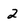
Character: 2